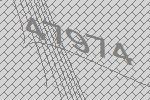
47974